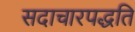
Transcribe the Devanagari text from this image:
सदाचारपद्धति